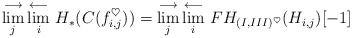
\begin{align*} \lim^{\longrightarrow}_j \lim^{\longleftarrow}_i \,H_*(C(f_{i,j}^\heartsuit)) = \lim^{\longrightarrow}_j\lim^{\longleftarrow}_i \, FH_{(I,III)^\heartsuit}(H_{i,j})[-1] \end{align*}